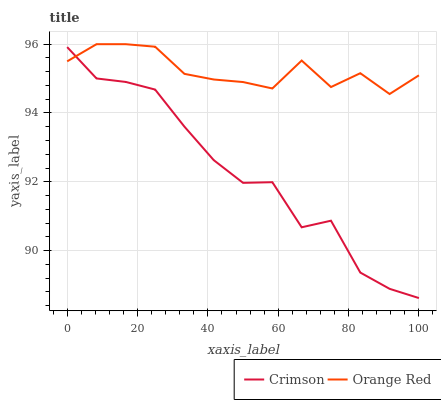
| xaxis_label | Crimson | Orange Red |
 | --- | --- | --- |
 | 0 | 95.9 | 95.5 |
 | 8.33 | 95 | 96 |
 | 16.7 | 94.9 | 96 |
 | 25 | 94.7 | 95.9 |
 | 33.3 | 93.6 | 95.1 |
 | 41.7 | 92.6 | 95 |
 | 50 | 92 | 94.9 |
 | 58.3 | 92 | 94.7 |
 | 66.7 | 90.7 | 95.5 |
 | 75 | 90.9 | 94.8 |
 | 83.3 | 89.4 | 95.2 |
 | 91.7 | 88.9 | 94.6 |
 | 100 | 88.6 | 95.1 |